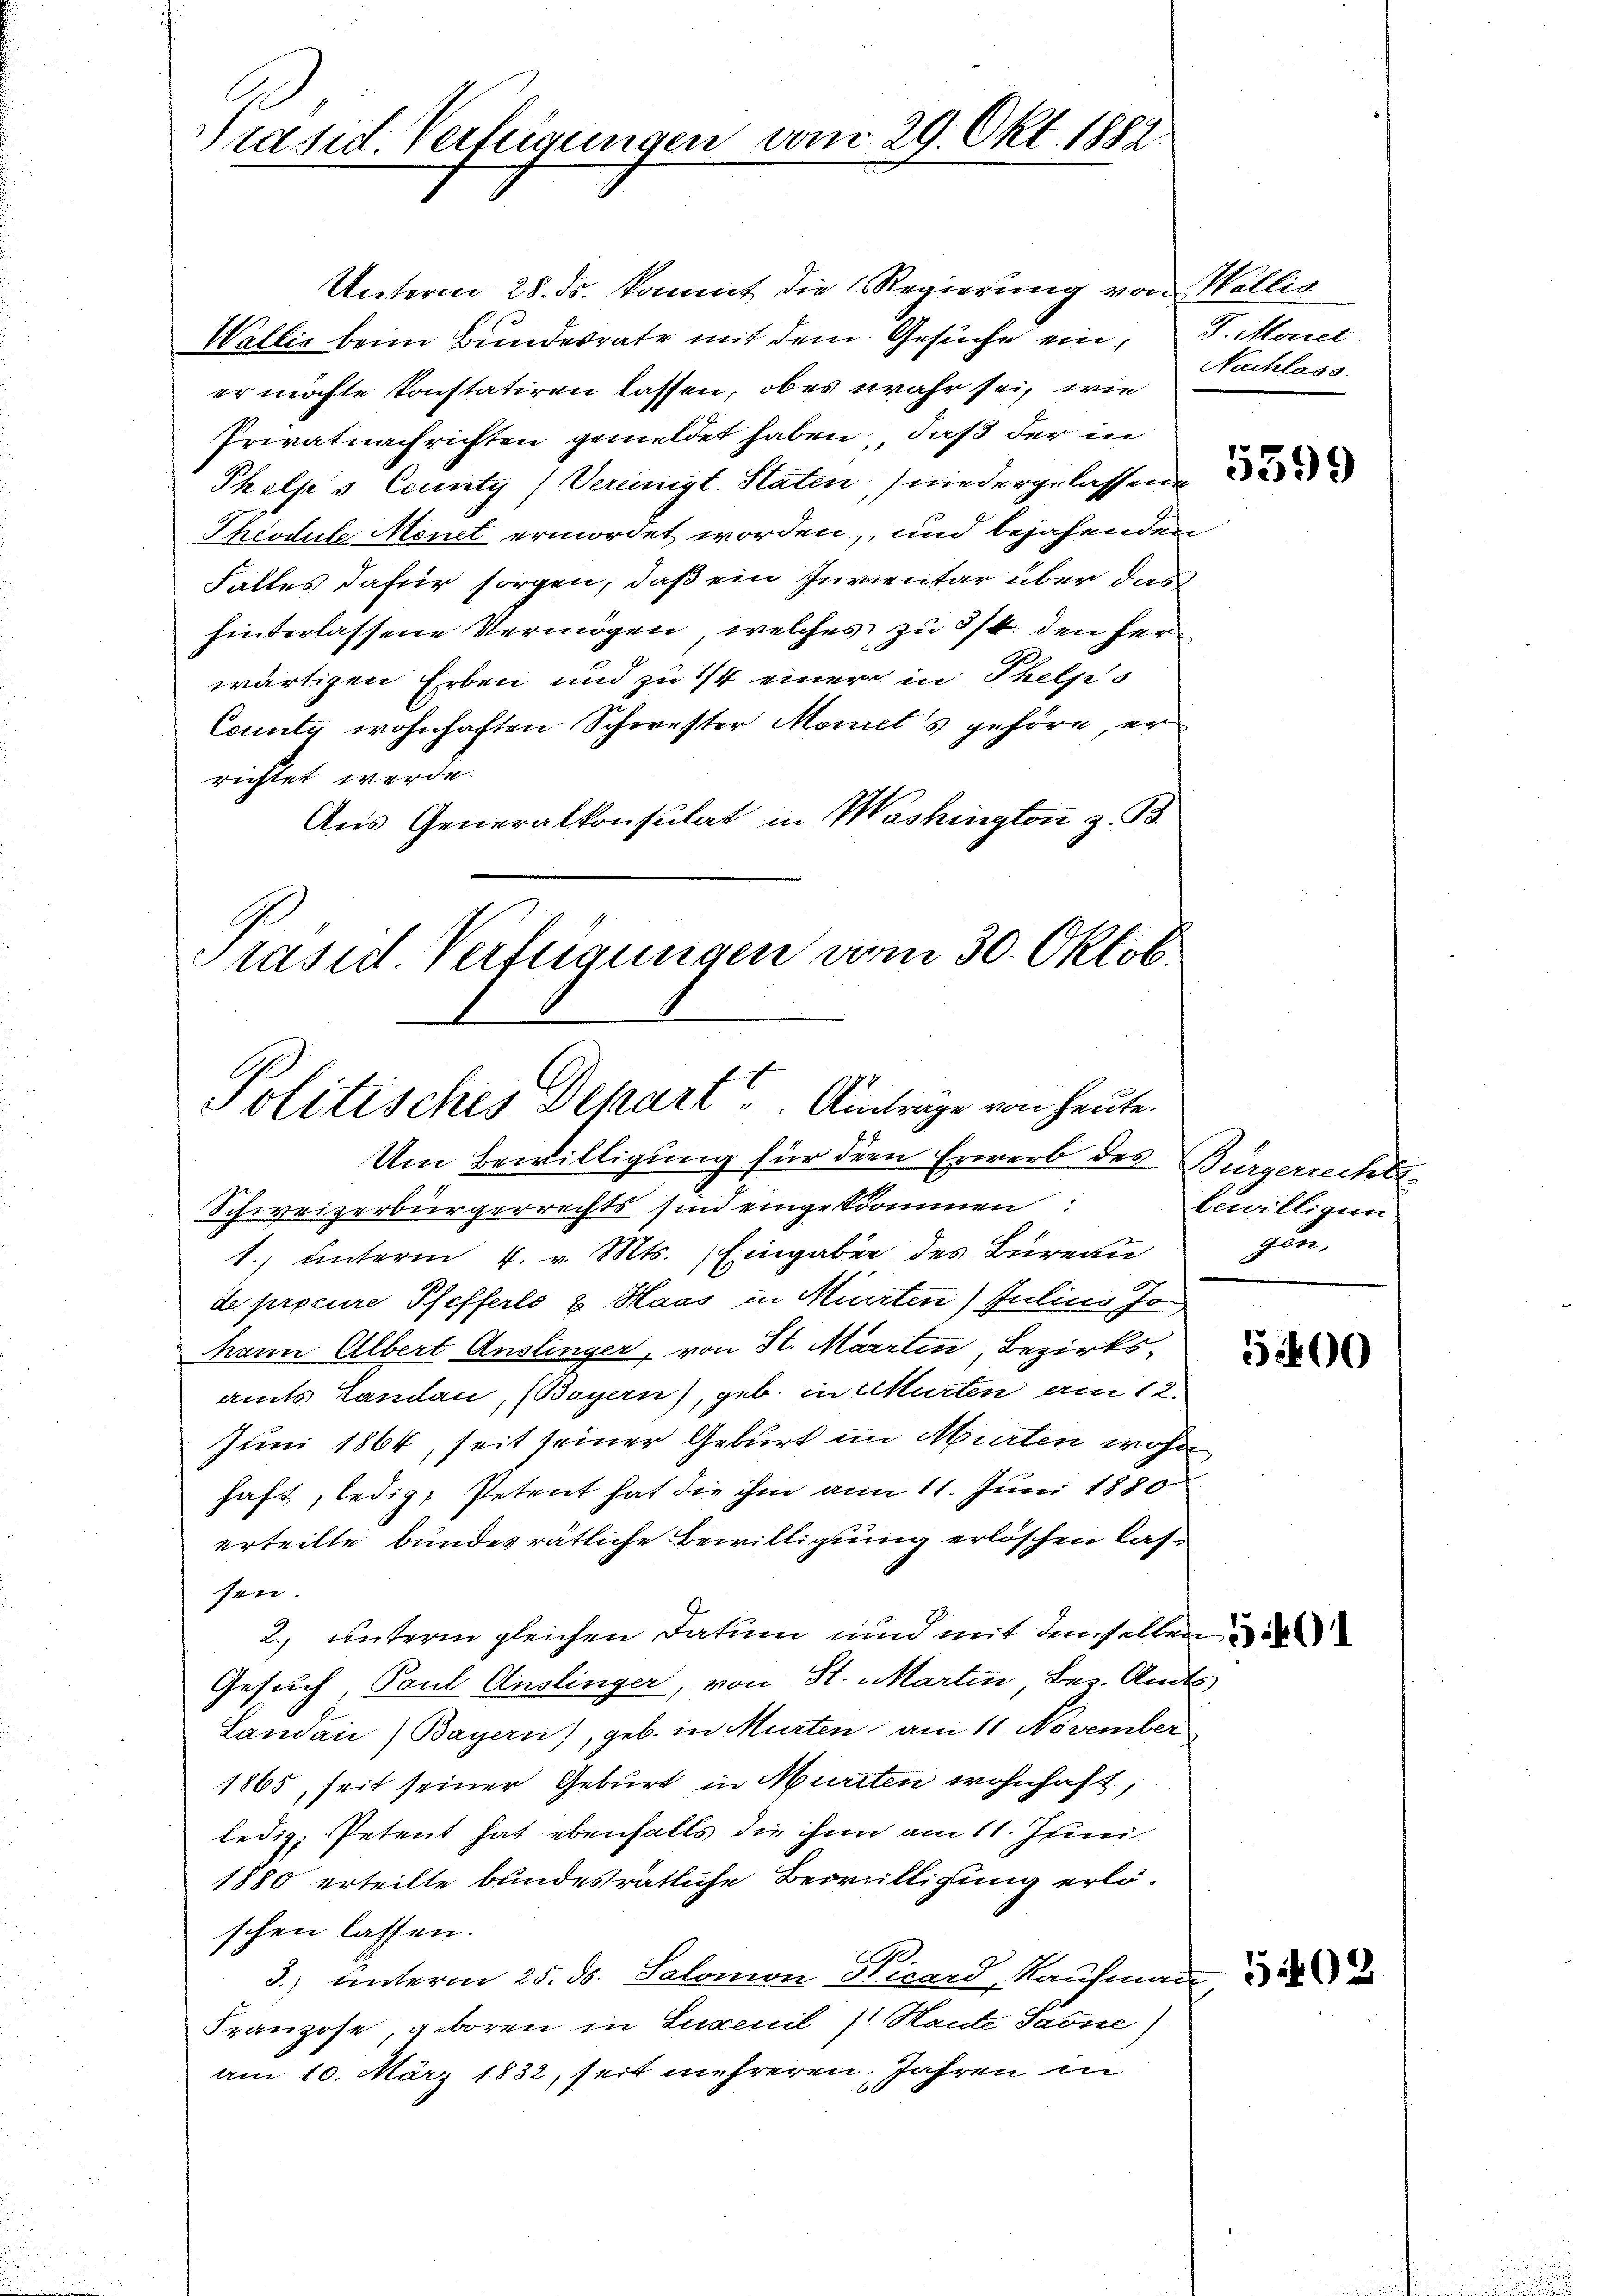
Präsid. Verleigungen vom 29. Okt. 1882

Unterm 28. ds. kommt die Regierung von Wallis
Wallis beim Bundesrate mit dem Gesuche ein, J. Mart.
er möchte konstatiren lassen, ober wahr sei, wie
Privatnachrichten gemeldet haben, daß der in
Phelfs County) Vereinigt. Staten niedergelassene
Theodule Monet ermordet worden, und bejahenden
Falles dafür sorgen, daß ein Inventar über das
hinterlassene Vermögen, welches zu 3/4. den ferwärtigen Erben und zu 1/4 einer in Thelps
County wohnhaften Schwester Moriet's gehöre er
richtet werde.
Aus Generalkonsulat in Washington z. B.
Präsid Verfügungen vom 30. Oktob.

Politisches Depart u. Antrage von heute.

Nachlass

Um Bewilligung für der Erwerb des Bürgerrechts¬
Schweizerbürgerrechts sind eingekommen:
1. unterm 4. v. Mts. Eingaber des Bureau
de procure Pfefferle & Haas in Mirrten Julius Johann Albert Auslinger, von St. Marrten, Bezirksamts Landau, (Bayern), geb. in Murten am 12.
Juni 1864, seit seiner Geburt im Murten wohn
haft, ledig, Petent hat die ihm am 11. Juni 1880
erteilte bundes rätliche Bewilligung erlöschen lassen.
2., unterm gleichen Datum und mit demselben
Gesuch, Paul Auslinger, von St. Martin, Bez. Amts
Landan) Bayern), geb. in Murten am 11. November
1865, seit seiner Geburt in Murten wohnhaft,
ledig; Petent hat ebenfalls die ihn am 11. Juni
1880 erteilte bundesrätliche Bewilligung erlöschen lassen.
3.) unterm 25. ds. Salomon Girard, Kaufmann
Franzose, geboren in Luxenil (Haute Saone)
am 10. März 1832, seit mehreren Jahren in

5599

bewilligun
gen.

5400